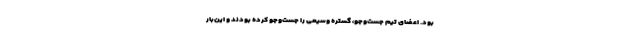
بود. اعضای تیم جست‌وجو، گستره وسیعی را جست‌وجو کرده بودند و این‌بار